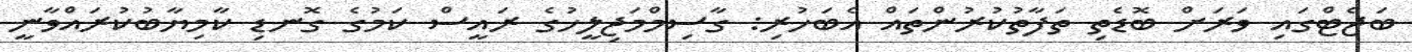
ބަޖެޓްގައި ވަރަށް ބޮޑެތި ތަފާތުކުރުންތައް އެބަހުރި: ގާސިމްމަޖިލީހުގެ ރައީސް ކަމުގެ ގޮނޑި ކާމިޔާބުކުރައްވާނީ